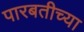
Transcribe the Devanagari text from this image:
पारबतीच्या